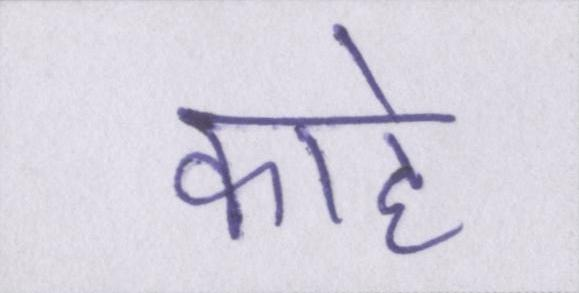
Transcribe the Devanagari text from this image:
काहे